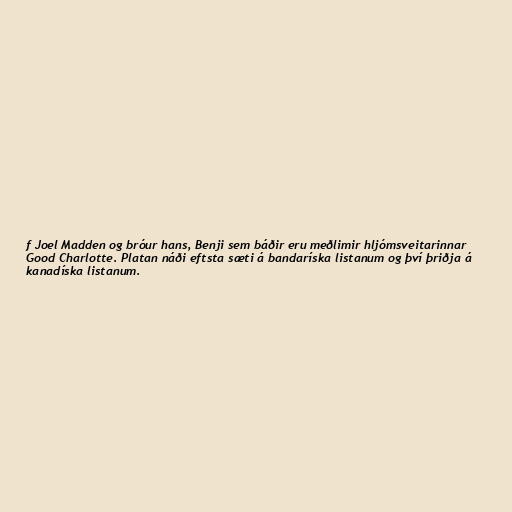
f Joel Madden og bróur hans, Benji sem báðir eru meðlimir hljómsveitarinnar
Good Charlotte. Platan náði eftsta sæti á bandaríska listanum og því þriðja á
kanadíska listanum.